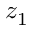
z _ { 1 }